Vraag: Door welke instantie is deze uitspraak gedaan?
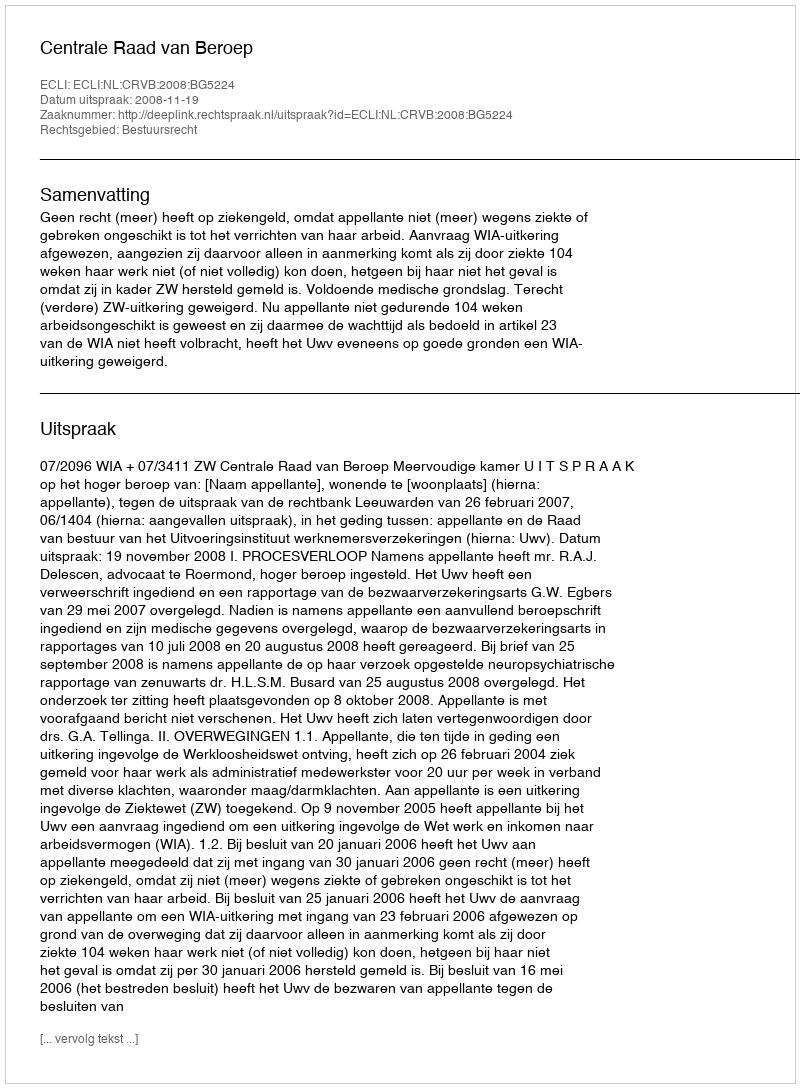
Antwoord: Centrale Raad van Beroep